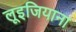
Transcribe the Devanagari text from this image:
लूइजियाना